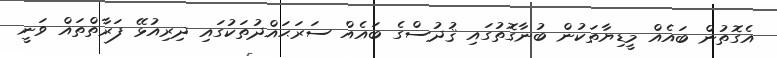
އެގޮތުން ބައެއް މީޑިޔާތަކުން ބުނާގޮތުގައި ޤުދުސްގެ ބައެއް ސަރަޙައްދުތަކުގައި ދިރިއުޅޭ ފަރާތްތައް ވަނީ